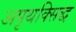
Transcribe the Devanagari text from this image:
अपृथक्सिद्ध